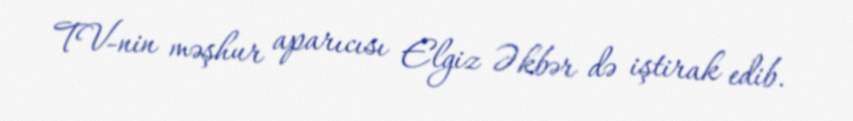
TV-nin məşhur aparıcısı Elgiz Əkbər də iştirak edib.